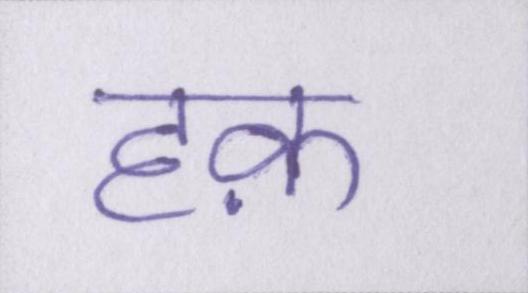
हक़